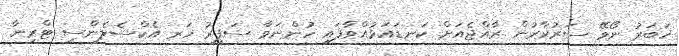
ޚަބަރު ނޯވޭ ސަރުކާރުން ރާއްޖެއަށް ކަނޑައަޅުއްވާފައި ހުންނަވާ ސަފީރު ހަރ އެކްސެލެންސީ ޓްރިނާ